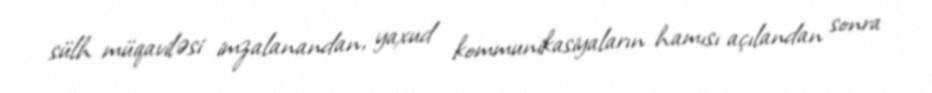
sülh müqaviləsi imzalanandan, yaxud kommunikasiyaların hamısı açılandan sonra